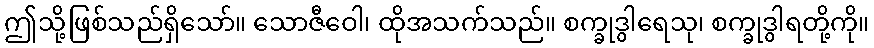
ဤသို့ဖြစ်သည်ရှိသော်။ သောဇီဝေါ၊ ထိုအသက်သည်။ စက္ခုဒွါရေသု၊ စက္ခုဒွါရတို့ကို။